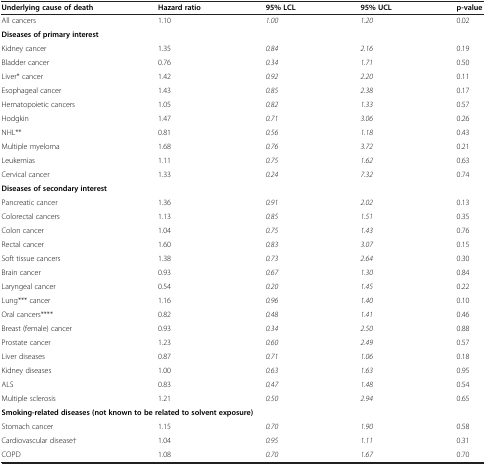
<table><thead><tr><td><b>Underlying cause of death</b></td><td><b>Hazard ratio</b></td><td><b>95% LCL</b></td><td><b>95% UCL</b></td><td><b>p-value</b></td></tr></thead><tbody><tr><td>All cancers</td><td>1.10</td><td><i>1.00</i></td><td><i>1.20</i></td><td>0.02</td></tr><tr><td colspan="5"><b>Diseases of primary interest</b></td></tr><tr><td>Kidney cancer</td><td>1.35</td><td><i>0.84</i></td><td><i>2.16</i></td><td>0.19</td></tr><tr><td>Bladder cancer</td><td>0.76</td><td><i>0.34</i></td><td><i>1.71</i></td><td>0.50</td></tr><tr><td>Liver* cancer</td><td>1.42</td><td><i>0.92</i></td><td><i>2.20</i></td><td>0.11</td></tr><tr><td>Esophageal cancer</td><td>1.43</td><td><i>0.85</i></td><td><i>2.38</i></td><td>0.17</td></tr><tr><td>Hematopoietic cancers</td><td>1.05</td><td><i>0.82</i></td><td><i>1.33</i></td><td>0.57</td></tr><tr><td>Hodgkin</td><td>1.47</td><td><i>0.71</i></td><td><i>3.06</i></td><td>0.26</td></tr><tr><td>NHL**</td><td>0.81</td><td><i>0.56</i></td><td><i>1.18</i></td><td>0.43</td></tr><tr><td>Multiple myeloma</td><td>1.68</td><td><i>0.76</i></td><td><i>3.72</i></td><td>0.21</td></tr><tr><td>Leukemias</td><td>1.11</td><td><i>0.75</i></td><td><i>1.62</i></td><td>0.63</td></tr><tr><td>Cervical cancer</td><td>1.33</td><td><i>0.24</i></td><td><i>7.32</i></td><td>0.74</td></tr><tr><td colspan="5"><b>Diseases of secondary interest</b></td></tr><tr><td>Pancreatic cancer</td><td>1.36</td><td><i>0.91</i></td><td><i>2.02</i></td><td>0.13</td></tr><tr><td>Colorectal cancers</td><td>1.13</td><td><i>0.85</i></td><td><i>1.51</i></td><td>0.35</td></tr><tr><td>Colon cancer</td><td>1.04</td><td><i>0.75</i></td><td><i>1.43</i></td><td>0.76</td></tr><tr><td>Rectal cancer</td><td>1.60</td><td><i>0.83</i></td><td><i>3.07</i></td><td>0.15</td></tr><tr><td>Soft tissue cancers</td><td>1.38</td><td><i>0.73</i></td><td><i>2.64</i></td><td>0.30</td></tr><tr><td>Brain cancer</td><td>0.93</td><td><i>0.67</i></td><td><i>1.30</i></td><td>0.84</td></tr><tr><td>Laryngeal cancer</td><td>0.54</td><td><i>0.20</i></td><td><i>1.45</i></td><td>0.22</td></tr><tr><td>Lung*** cancer</td><td>1.16</td><td><i>0.96</i></td><td><i>1.40</i></td><td>0.10</td></tr><tr><td>Oral cancers****</td><td>0.82</td><td><i>0.48</i></td><td><i>1.41</i></td><td>0.46</td></tr><tr><td>Breast (female) cancer</td><td>0.93</td><td><i>0.34</i></td><td><i>2.50</i></td><td>0.88</td></tr><tr><td>Prostate cancer</td><td>1.23</td><td><i>0.60</i></td><td><i>2.49</i></td><td>0.57</td></tr><tr><td>Liver diseases</td><td>0.87</td><td><i>0.71</i></td><td><i>1.06</i></td><td>0.18</td></tr><tr><td>Kidney diseases</td><td>1.00</td><td><i>0.63</i></td><td><i>1.63</i></td><td>0.95</td></tr><tr><td>ALS</td><td>0.83</td><td><i>0.47</i></td><td><i>1.48</i></td><td>0.54</td></tr><tr><td>Multiple sclerosis</td><td>1.21</td><td><i>0.50</i></td><td><i>2.94</i></td><td>0.65</td></tr><tr><td colspan="5"><b>Smoking-related diseases (not known to be related to solvent exposure)</b></td></tr><tr><td>Stomach cancer</td><td>1.15</td><td><i>0.70</i></td><td><i>1.90</i></td><td>0.58</td></tr><tr><td>Cardiovascular disease†</td><td>1.04</td><td><i>0.95</i></td><td><i>1.11</i></td><td>0.31</td></tr><tr><td>COPD</td><td>1.08</td><td><i>0.70</i></td><td><i>1.67</i></td><td>0.70</td></tr></tbody></table>